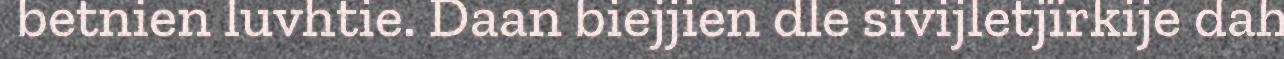
betnien luvhtie. Daan biejjien dle sivijletjïrkije dah